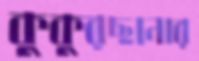
কুকুরছানার